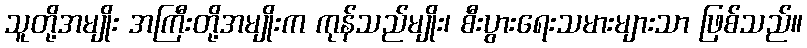
သူတို့အမျိုး အကြီးတို့အမျိုးက ကုန်သည်မျိုး၊ စီးပွားရေးသမားများသာ ဖြစ်သည်။